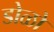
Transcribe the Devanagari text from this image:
डोळो